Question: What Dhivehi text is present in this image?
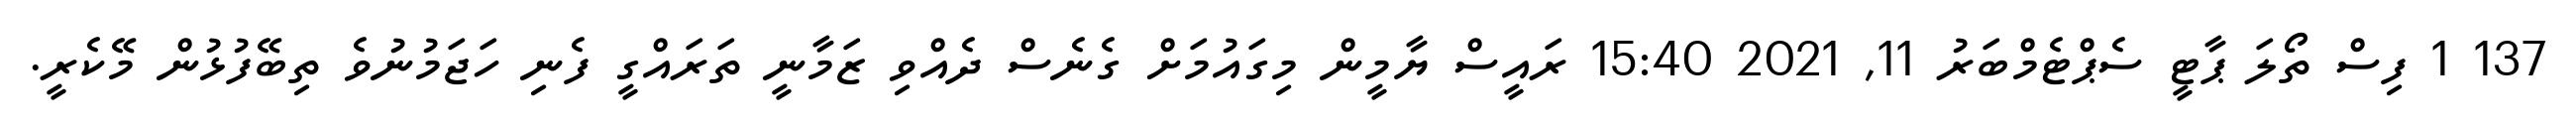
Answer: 137 1 ފިސް ތޯލަ ޕާޓީ ސެޕްޓެމްބަރު 11, 2021 15:40 ރައީސް ޔާމީން މިގައުމަށް ގެނެސް ދެއްވި ޒަމާނީ ތަރައްގީ ފެނި ހަޖަމުނުވެ ތިބޭފުޅުން މޭކެރީ.